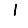
Digit: 1